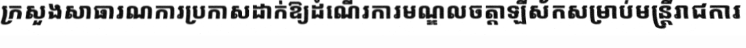
ក្រសួងសាធារណការប្រកាសដាក់ឱ្យដំណើរការមណ្ឌលចត្តាឡីស័កសម្រាប់មន្ត្រីរាជការ